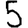
Digit: 5